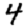
Digit: 4